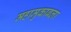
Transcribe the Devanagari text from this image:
महामुकाबला